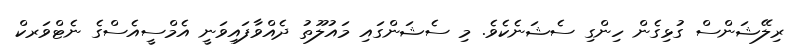
ރިލޭޝަންސް ގުޅިގެން ހިންގި ސެޝަނެކެވެ. މި ސެޝަންގައި މައުލޫތު ދެއްވާފައިވަނީ އެމްސީއެސްގެ ނެޓްވަރކް